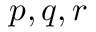
p , q , r